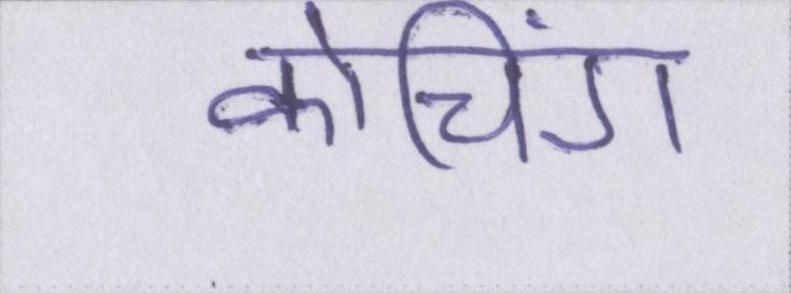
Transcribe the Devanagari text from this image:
कोचिंग